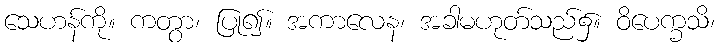
သေဟန်ကို။ ကတွာ၊ ပြု၍။ အကာလေန၊ အခါမဟုတ်သည်၌။ ဝိပေက္ခသိ၊